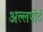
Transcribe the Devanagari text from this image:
अल्लपोर्ट